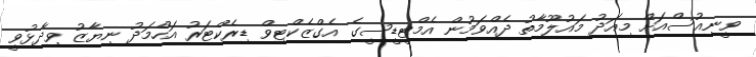
ވީނިއުސްއަށް މިއަދު މައުލޫމާތު ދެއްވަމުން އެމްޓީޑީސީގެ އެގްޒެކްޓިވް ޑިރެކްޓަރު އަހްމަދު ނިޔާޒު ވިދާޅުވީ